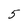
Character: 5